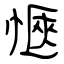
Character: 愜